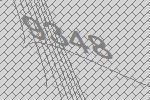
9348